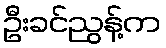
ဦးခင်ညွန့်က